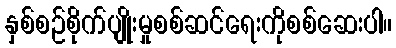
နှစ်စဉ်စိုက်ပျိုးမှုစစ်ဆင်ရေးကိုစစ်ဆေးပါ။